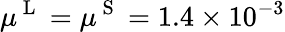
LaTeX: \mu^{\mathrm{~L~}}=\mu^{\mathrm{~S~}}=1.4\times 10^{-3}